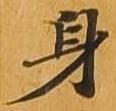
身